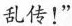
乱传！”